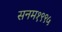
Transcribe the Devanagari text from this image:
सनम१९९५